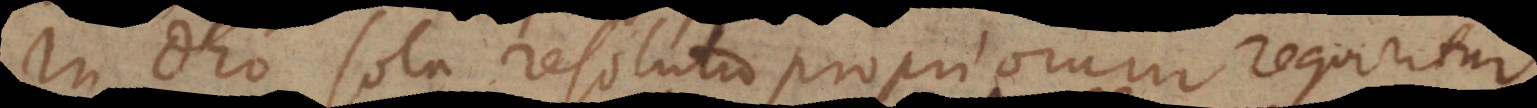
In Deo sola resolutio propriorum requiritur